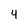
Character: 4